Report of the Municipal Commissioner on the plague in Bombay for the year ending 31st May... - Volume 1
Disease focus: Plague
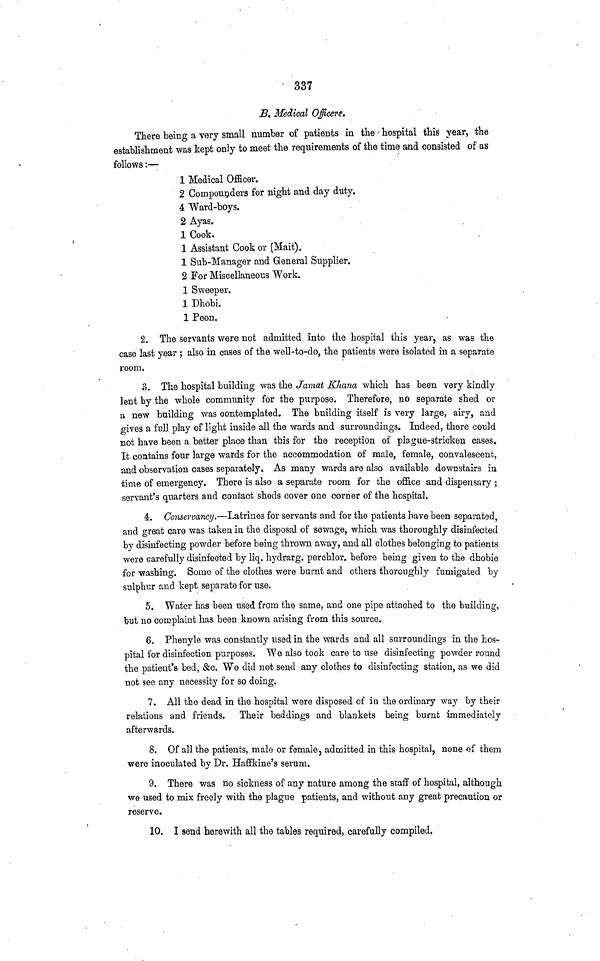
337
B. Medical Officere.
There being a very small number of patients in the hospital this year, the
establishment was kept only to meet the requirements of the time and consisted of as
follows:—
1 Medical Officer.
2 Compounders for night and day duty.
4 Ward-boys.
2 Ayas.
1 Cook.
1 Assistant Cook or (Mait).
1 Sub-Manager and General Supplier.
2 For Miscellaneous Work.
1 Sweeper.
1 Dhobi.
1 Peon.
2. The servants were not admitted into the hospital this year, as was the
case last year ; also in cases of the well-to-do, the patients were isolated in a separate
room.
3. The hospital building was the Jamat Khana which has been very kindly
lent by the whole community for the purpose. Therefore, no separate shed or
a new building was contemplated. The building itself is very large, airy, and
gives a full play of light inside all the wards and surroundings. Indeed, there could
not have been a better place than this for the reception of plague-stricken cases.
It contains four large wards for the accommodation of male, female, convalescent,
and observation cases separately. As many wards are also available downstairs in
time of emergency. There is also a separate room for the office and dispensary ;
servant's quarters and contact sheds cover one corner of the hospital.
4. Conservancy.—Latrines for servants and for the patients have been separated,
and great care was taken in the disposal of sewage, which was thoroughly disinfected
by disinfecting powder before being thrown away, and all clothes belonging to patients
were carefully disinfected by liq. hydrarg, perchlor, before being given to the dhobie
for washing. Some of the clothes were burnt and others thoroughly fumigated by
sulphur and kept separate for use.
5. Water has been used from the same, and one pipe attached to the building,
but no complaint has been known arising from this source.
6. Phenyle was constantly used in the wards and all surroundings in the hos-
pital for disinfection purposes. We also took care to use disinfecting powder round
the patient's bed, &c. We did not send any clothes to disinfecting station, as we did
not see any necessity for so doing.
7. All the dead in the hospital were disposed of in the ordinary way by their
relations and friends. Their beddings and blankets being burnt immediately
afterwards.
8. Of all the patients, male or female, admitted in this hospital, none of them
were inoculated by Dr. Haffkine's serum.
9. There was no sickness of any nature among the staff of hospital, although
we used to mix freely with the plague patients, and without any great precaution or
reserve.
10. I send herewith all the tables required, carefully compiled.